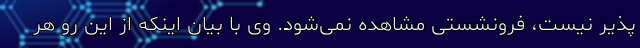
پذیر نیست، فرونشستی مشاهده نمی‌شود. وی با بیان اینکه از این رو هر